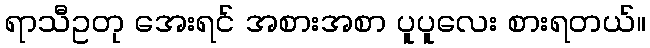
ရာသီဥတု အေးရင် အစားအစာ ပူပူလေး စားရတယ်။